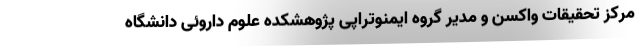
مرکز تحقیقات واکسن و مدیر گروه ایمنوتراپی پژوهشکده علوم داروئی دانشگاه